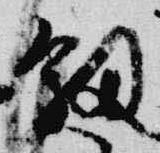
釼